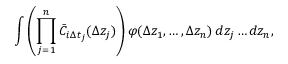
\int \left( \prod _ { j = 1 } ^ { n } \bar { C } _ { i \Delta t _ { j } } ( \Delta z _ { j } ) \right) \varphi ( \Delta z _ { 1 } , \ldots , \Delta z _ { n } ) \mathop { } \! { d { z _ { j } } \ldots d { z _ { n } } } ,